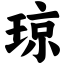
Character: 琼